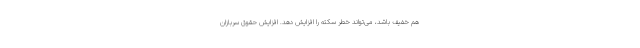
هم خفیف باشد، می‌تواند خطر سکته را افزایش دهد. افزایش حقوق سربازان